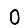
Digit: 0